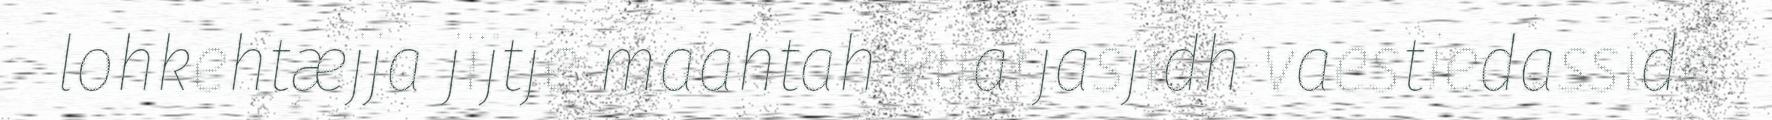
lohkehtæjja jïjtje maahtah vuarjasjidh vaestiedasside